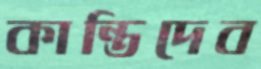
কান্তিদেব